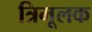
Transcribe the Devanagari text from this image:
त्रिमूलक